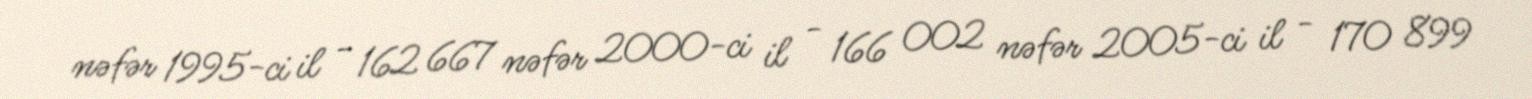
nəfər 1995-ci il - 162 667 nəfər 2000-ci il - 166 002 nəfər 2005-ci il - 170 899